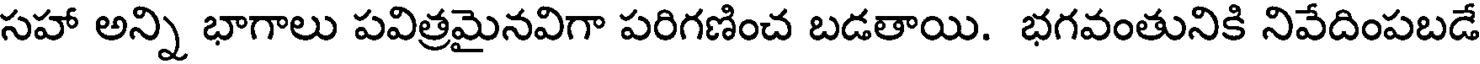
సహా అన్ని భాగాలు పవిత్రమైనవిగా పరిగణించ బడతాయి. భగవంతునికి నివేదింపబడే